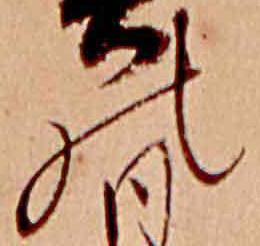
の